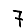
Digit: 7